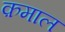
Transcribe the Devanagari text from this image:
क़माल